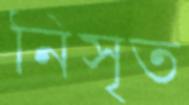
নিসৃত